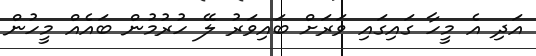
އަދި އެ މީހާ ގައިގައި ވަރަށް ބައިވަރު ލޭ ހުރުމުން ބައެއް މީހުން